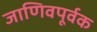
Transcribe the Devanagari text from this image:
जाणिवपूर्वक